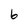
Character: 6